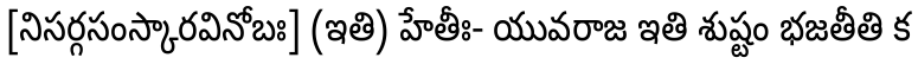
[నిసర్గసంస్కారవినోబః] (ఇతి) హేతీః- యువరాజ ఇతి శుష్టం భజతీతి క